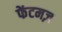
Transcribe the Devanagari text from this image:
फेंटमज़